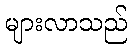
များလာသည်